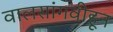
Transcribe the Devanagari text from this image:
वालसांगवीहून